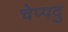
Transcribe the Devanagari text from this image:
चेप्पदु